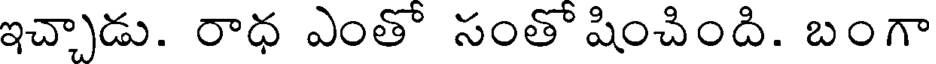
ఇచ్చాడు. రాధ ఎంతో సంతో షించింది. బంగా